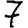
Digit: 7